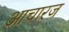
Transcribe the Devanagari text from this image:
आचारज